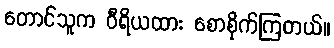
တောင်သူက ဝီရိယထား စောစိုက်ကြတယ်။